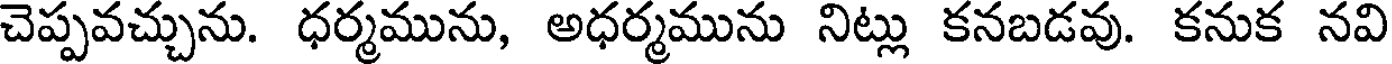
చెప్పవచ్చును. ధర్మమును, అధర్మమును నిట్లు కనబడవు. కనుక నవి